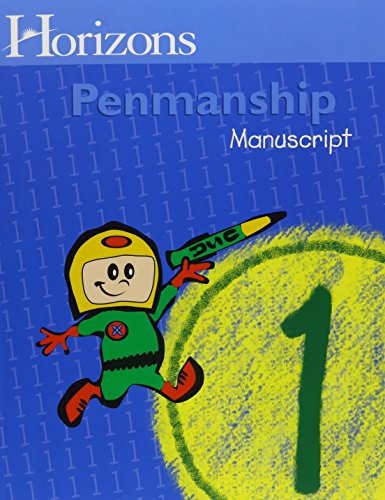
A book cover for Horizons Penmanship 1 Complete Set (Lifepac); 1st Grade; Reference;